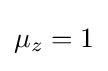
{\begin{aligned}\mu _{z}=1\end{aligned}}